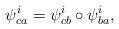
LaTeX: \begin{align*}\psi_{ca}^{i}= \psi_{cb}^{i} \circ \psi_{ba}^{i},\end{align*}